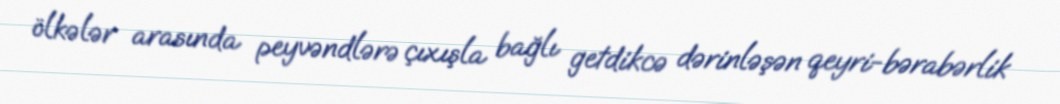
ölkələr arasında peyvəndlərə çıxışla bağlı getdikcə dərinləşən qeyri-bərabərlik